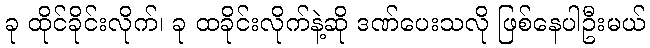
ခု ထိုင်ခိုင်းလိုက်၊ ခု ထခိုင်းလိုက်နဲ့ဆို ဒဏ်ပေးသလို ဖြစ်နေပါဦးမယ်